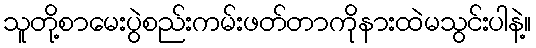
သူတို့စာမေးပွဲစည်းကမ်းဖတ်တာကိုနားထဲမသွင်းပါနဲ့။